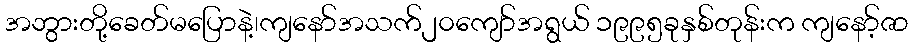
အဘွားတို့ခေတ်မပြောနဲ့၊ကျနော်အသက်၂၀ကျော်အရွယ် ၁၉၉၅ခုနှစ်တုန်းက ကျနော့်ဇာ